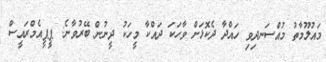
މައުލޫމާތު މުއްސަނދިވި ހައްދާ ދެކޮޅަށް ވާހަކަ ދައްކާ މީހަކު ދީނުން ބޭރުވާނެ: ޕީޕީއެމްރައީސް